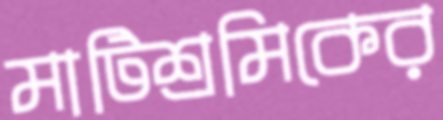
মাটিশ্রমিকের